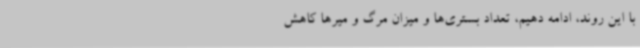
با این روند، ادامه دهیم، تعداد بستری‌ها و میزان مرگ و میرها کاهش